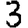
Digit: 3